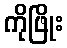
ကိုဖြိုး